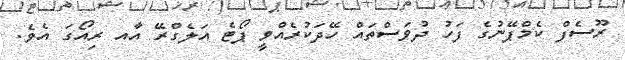
ރޫސެފް ކެމްޕޭނުގެ ފަހު ދުވަސްތައް ހޭދަކުރެއްވީ ޕޯޓެ އަލެގްރޭ އާއ ރިއޯގަ އެވެ.